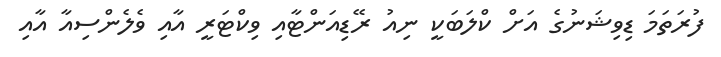
ފުރަތަމަ ޑިވިޝަނުގެ އަށް ކްލަބަކީ ނިއު ރޭޑިއަންޓާއި ވިކްޓަރީ އާއި ވެލެންސިއާ އާއި